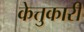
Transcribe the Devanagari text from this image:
केत्तुकारी